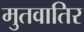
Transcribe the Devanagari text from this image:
मुतवातिर